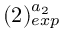
( 2 ) _ { e x p } ^ { a _ { 2 } }